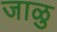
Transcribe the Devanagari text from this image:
जाळु